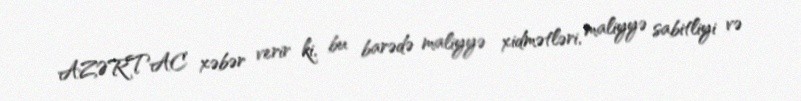
AZƏRTAC xəbər verir ki, bu barədə maliyyə xidmətləri, maliyyə sabitliyi və